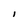
Character: I